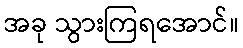
အခု သွားကြရအောင်။